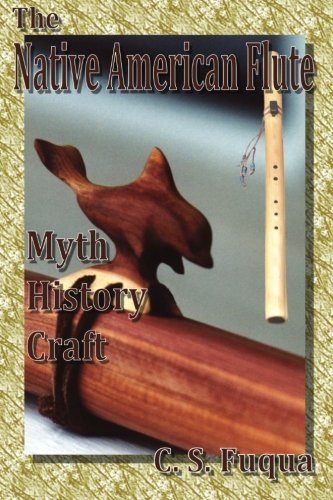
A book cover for The Native American Flute: Myth, History, Craft; C. S. Fuqua; Crafts, Hobbies & Home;